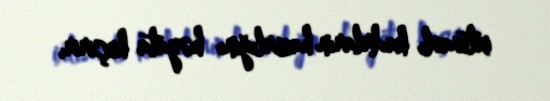
ixtisaslı kadrların hazırlığını həyata keçirir.